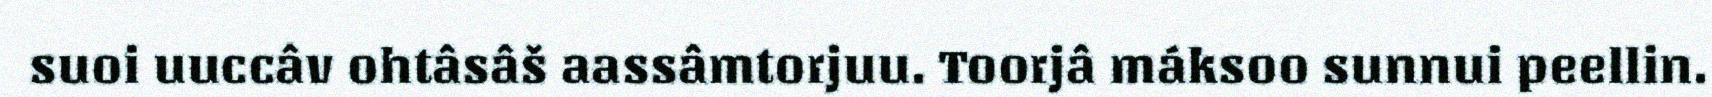
suoi uuccâv ohtâsâš aassâmtorjuu. Toorjâ máksoo sunnui peellin.